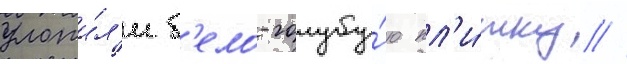
уложи́л'и б'ело-голубу́ю пл'и́тку //